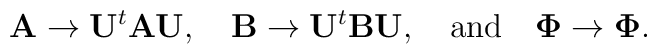
\mathbf{A} \to \mathbf{U}^t \mathbf{A} \mathbf{U}, \quad\mathbf{B} \to \mathbf{U}^t \mathbf{B} \mathbf{U}, \quad\textrm{and} \quad\mathbf{\Phi} \to \mathbf{\Phi}.